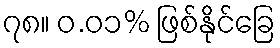
၇၈။ ၀.၀၁% ဖြစ်နိုင်ခြေ